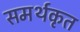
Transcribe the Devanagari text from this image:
समर्थकृत